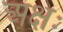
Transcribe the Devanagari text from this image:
अक्षः